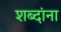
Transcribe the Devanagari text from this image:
शब्‍दांना